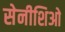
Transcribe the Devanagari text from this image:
सेनीशिओ